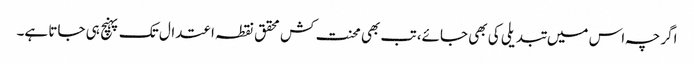
اگرچہ اس میں تبدیلی کی بھی جائے، تب بھی محنت کش محقق نقطہ اعتدال تک پہنچ ہی جاتا ہے۔